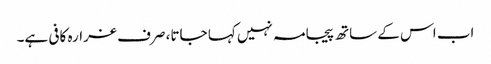
اب اس کے ساتھ پیجامہ نہیں کہا جاتا، صرف غرارہ کافی ہے۔